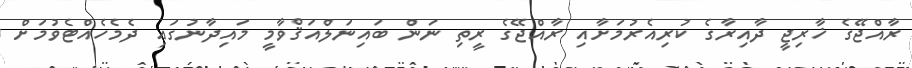
ރާއްޖޭގެ ޚާރިޖީ ދާއިރާގެ ކުރިއެރުމަށާއި ރާއްޖޭގެ ރީތި ނަން ބައިނަލްއަޤްވާމީ މައިދާނުގައި ދެމެހެއްޓެވުމަށް